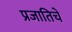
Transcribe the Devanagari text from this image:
प्रजातिचे